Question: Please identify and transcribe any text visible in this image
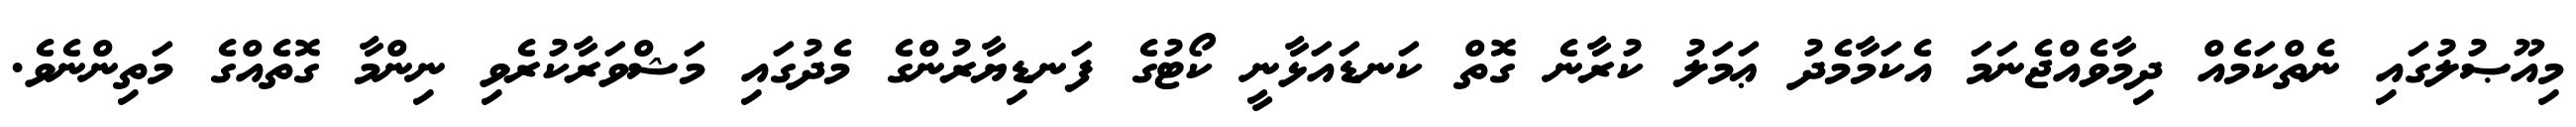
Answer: މިއޫޞުލުގައި ނެތްކަމެއް ދިމާވެއްޖެނަމަ އެކަމާމެދު ޢަމަލު ކުރާނެ ގޮތް ކަނޑައަޅާނީ ކޯޓުގެ ފަނޑިޔާރުންގެ މެދުގައި މަޝްވަރާކުރެވި ނިންމާ ގޮތެއްގެ މަތިންނެވެ.